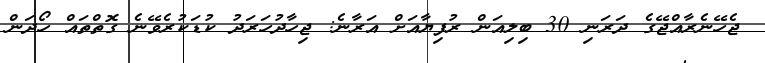
ޖެހޭނެރާއްޖޭގެ ދަރަނި 30 ބިލިއަން ރުފިޔާއަށް އަރާނެ: ޖިހާދުހަރަދު ކުޑަކުރެވޭނެ ގޮތްތައް ހޯދަން